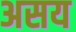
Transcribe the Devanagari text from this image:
असय